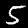
Digit: 5